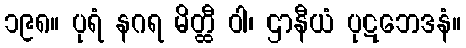
၁၉၈။ ပုရံ နဂရ မိတ္ထီ ဝါ၊ ဌာနီယံ ပုဋဘေဒနံ။